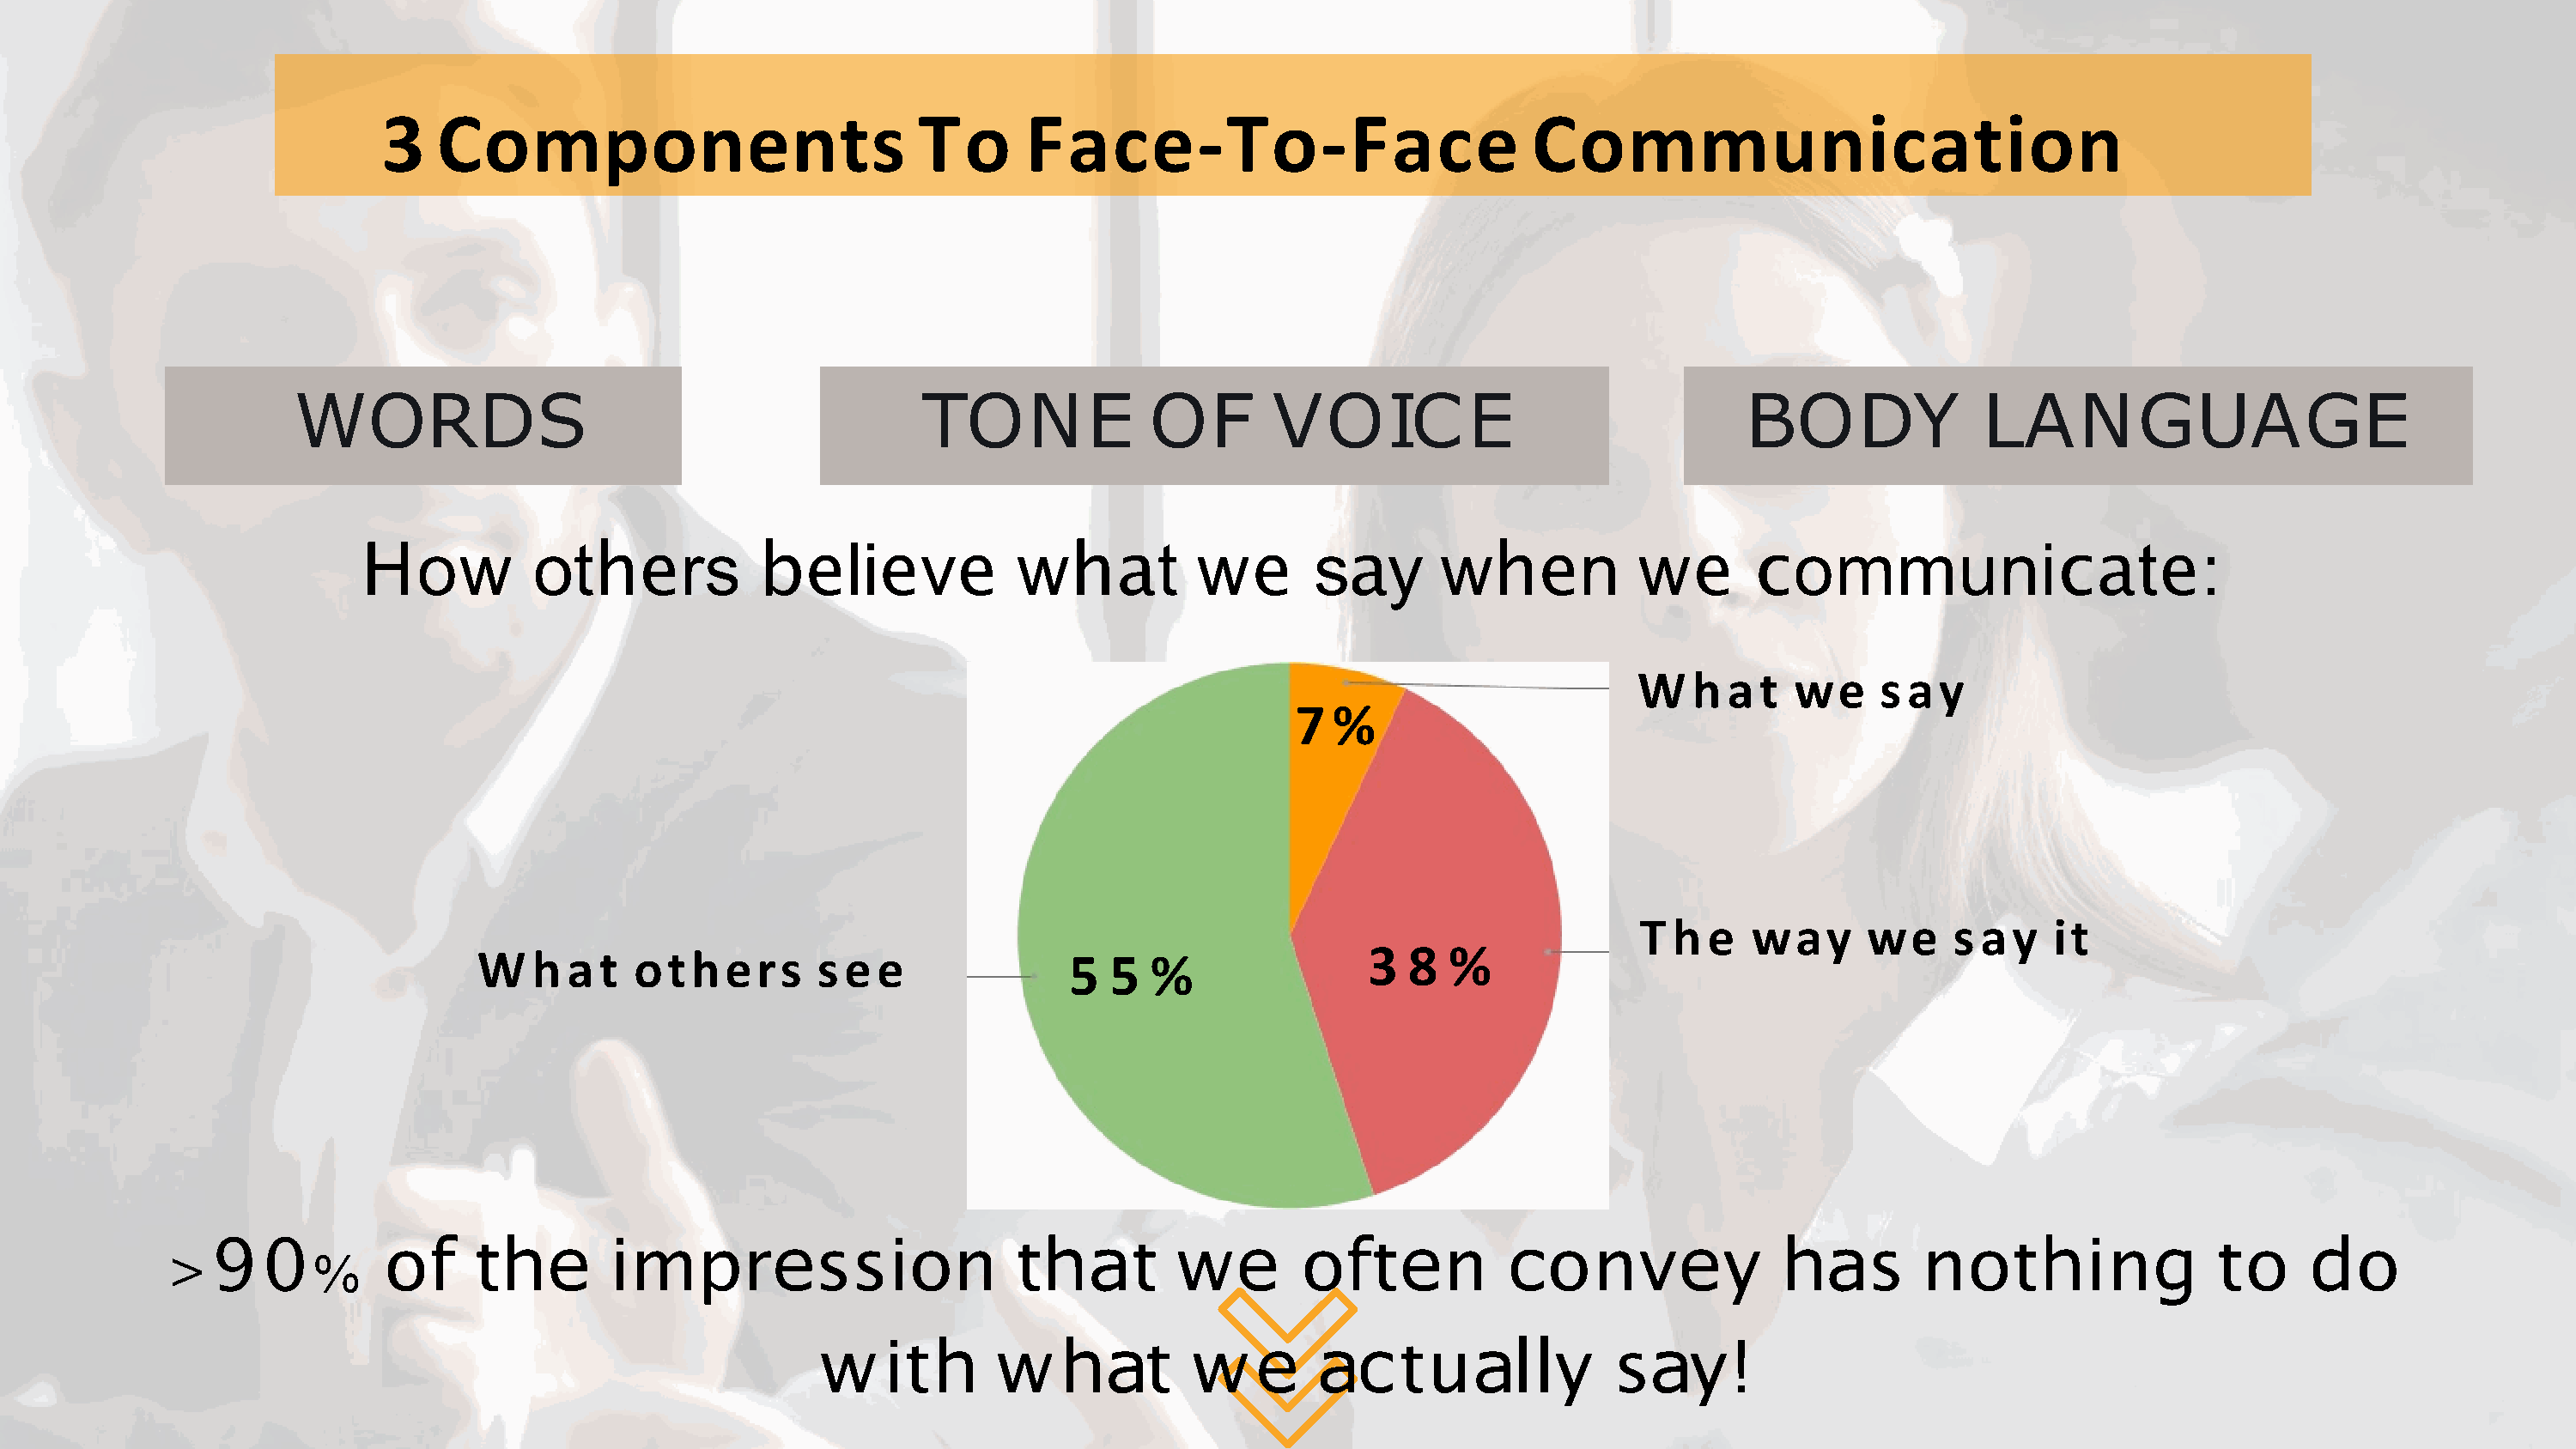
3    Components                           To      Face-To-                 Face          Communication
 WORDS                                           TONE              OF       VOICE                                BODY              LANGUAGE
 ow       ot         rs           li    v      w          t  w        s     y   w          n   w           ommuni                     t    :
 H                 he           be       e     e        ha            e      a          he              e   c                       ca     e
 W   h  a  t we     s ay
 7  %
 T  h  e  way      we     s ay   it
 3   8  %
 W   h  a t  others        s e  e             5   5%
 f     he                   e                   ha             e        f   e       c            e       ha                  h        g           d
 >9     0   %     o      t         impr            ssion          t        t   w        o     t    n       onv           y          s   not          in        to         o
 h         ha             e    ac          a            a
 w    it       w          t   w               tu       lly    s     y!